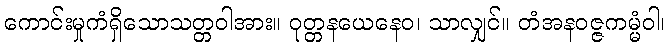
ကောင်းမှုကံရှိသောသတ္တဝါအား။ ဝုတ္တနယေနေဝ၊ သာလျှင်။ တံအနဝဇ္ဇကမ္မံဝါ၊